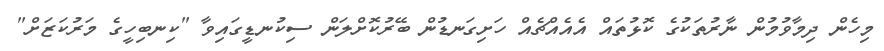
މިހެން ދިމާވުމުން ނާރުތަކުގެ ކޮޅުތައް އެއެއްޗެއް ހަށިގަނޑުން ބޭރުކޮށްލަން ސިކުނޑީގައިވާ "ކިނބިހީގެ މަރުކަޒަށް"